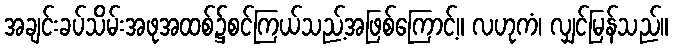
အချင်းခပ်သိမ်းအဖုအထစ်၌စင်ကြယ်သည့်အဖြစ်ကြောင့်။ လဟုကံ၊ လျှင်မြန်သည်။